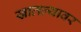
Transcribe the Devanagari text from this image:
खालल्यावर